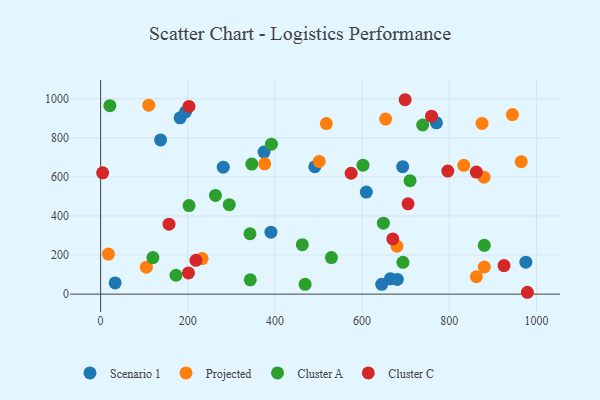
{"axis": {"x": "Engine Size", "y": "Profit"}, "legend": ["Cluster A", "Cluster C", "Projected", "Scenario 1"], "data": [{"x": "491.4", "y": 651.8, "type": "Scenario 1"}, {"x": "664.6", "y": 78.2, "type": "Scenario 1"}, {"x": "680.8", "y": 75.2, "type": "Scenario 1"}, {"x": "609.6", "y": 522.4, "type": "Scenario 1"}, {"x": "645.0", "y": 50.2, "type": "Scenario 1"}, {"x": "182.4", "y": 902.1, "type": "Scenario 1"}, {"x": "975.7", "y": 163.3, "type": "Scenario 1"}, {"x": "770.5", "y": 876.7, "type": "Scenario 1"}, {"x": "390.8", "y": 317.0, "type": "Scenario 1"}, {"x": "137.6", "y": 789.0, "type": "Scenario 1"}, {"x": "693.1", "y": 652.3, "type": "Scenario 1"}, {"x": "194.8", "y": 932.4, "type": "Scenario 1"}, {"x": "33.3", "y": 57.5, "type": "Scenario 1"}, {"x": "281.4", "y": 649.6, "type": "Scenario 1"}, {"x": "375.0", "y": 726.8, "type": "Scenario 1"}, {"x": "232.9", "y": 182.2, "type": "Projected"}, {"x": "654.0", "y": 895.9, "type": "Projected"}, {"x": "376.5", "y": 667.0, "type": "Projected"}, {"x": "879.7", "y": 598.3, "type": "Projected"}, {"x": "518.0", "y": 872.6, "type": "Projected"}, {"x": "862.2", "y": 88.9, "type": "Projected"}, {"x": "501.6", "y": 679.1, "type": "Projected"}, {"x": "679.9", "y": 245.4, "type": "Projected"}, {"x": "944.9", "y": 919.0, "type": "Projected"}, {"x": "833.2", "y": 659.0, "type": "Projected"}, {"x": "880.4", "y": 138.9, "type": "Projected"}, {"x": "875.1", "y": 873.5, "type": "Projected"}, {"x": "17.9", "y": 205.1, "type": "Projected"}, {"x": "105.0", "y": 138.2, "type": "Projected"}, {"x": "965.1", "y": 677.7, "type": "Projected"}, {"x": "110.5", "y": 966.9, "type": "Projected"}, {"x": "880.3", "y": 250.0, "type": "Cluster A"}, {"x": "693.7", "y": 163.0, "type": "Cluster A"}, {"x": "710.0", "y": 580.5, "type": "Cluster A"}, {"x": "602.0", "y": 659.7, "type": "Cluster A"}, {"x": "263.5", "y": 505.3, "type": "Cluster A"}, {"x": "648.8", "y": 363.1, "type": "Cluster A"}, {"x": "342.7", "y": 309.0, "type": "Cluster A"}, {"x": "391.9", "y": 767.4, "type": "Cluster A"}, {"x": "202.9", "y": 453.0, "type": "Cluster A"}, {"x": "529.6", "y": 187.0, "type": "Cluster A"}, {"x": "469.2", "y": 50.2, "type": "Cluster A"}, {"x": "343.4", "y": 73.3, "type": "Cluster A"}, {"x": "295.2", "y": 457.9, "type": "Cluster A"}, {"x": "462.8", "y": 253.2, "type": "Cluster A"}, {"x": "739.0", "y": 865.6, "type": "Cluster A"}, {"x": "21.2", "y": 964.5, "type": "Cluster A"}, {"x": "346.9", "y": 665.8, "type": "Cluster A"}, {"x": "120.0", "y": 187.3, "type": "Cluster A"}, {"x": "172.9", "y": 96.7, "type": "Cluster A"}, {"x": "670.4", "y": 282.3, "type": "Cluster C"}, {"x": "4.6", "y": 621.0, "type": "Cluster C"}, {"x": "705.4", "y": 462.1, "type": "Cluster C"}, {"x": "698.7", "y": 994.9, "type": "Cluster C"}, {"x": "156.9", "y": 358.2, "type": "Cluster C"}, {"x": "218.7", "y": 173.1, "type": "Cluster C"}, {"x": "201.5", "y": 108.5, "type": "Cluster C"}, {"x": "862.1", "y": 624.4, "type": "Cluster C"}, {"x": "796.6", "y": 629.8, "type": "Cluster C"}, {"x": "202.7", "y": 960.6, "type": "Cluster C"}, {"x": "759.3", "y": 910.5, "type": "Cluster C"}, {"x": "925.6", "y": 146.1, "type": "Cluster C"}, {"x": "574.8", "y": 618.6, "type": "Cluster C"}, {"x": "979.2", "y": 9.5, "type": "Cluster C"}]}